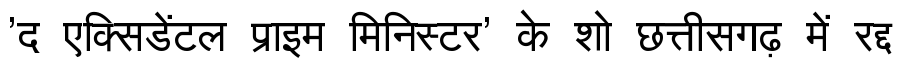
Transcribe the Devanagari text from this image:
'द एक्सिडेंटल प्राइम मिनिस्टर' के शो छत्तीसगढ़ में रद्द